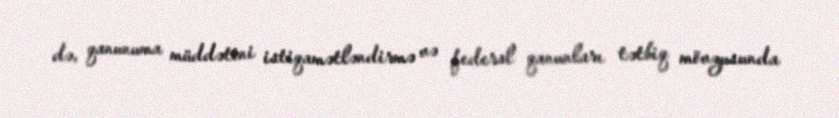
də, qanunuma müddətini istiqamətləndirmə və federal qanunları tətbiq mövzusunda